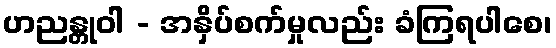
ဟညန္တုဝါ - အနှိပ်စက်မှုလည်း ခံကြရပါစေ၊